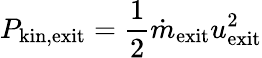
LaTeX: P_{\mathrm{kin,exit}}=\frac{1}{2}\dot{m}_{\mathrm{exit}}u_{\mathrm{exit}}^{2}